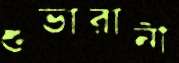
শুভারানী